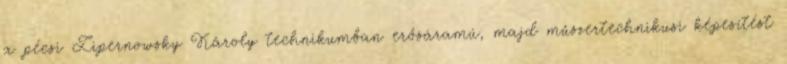
a pécsi Zipernowsky Károly technikumban erôsáramú, majd mûszertechnikusi képesítést